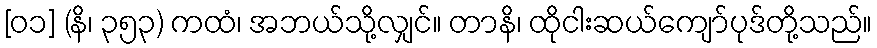
[၀၁] (နိ၊ ၃၅၃) ကထံ၊ အဘယ်သို့လျှင်။ တာနိ၊ ထိုငါးဆယ်ကျော်ပုဒ်တို့သည်။